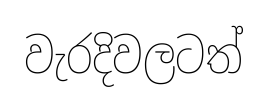
වැරදිවලටත්